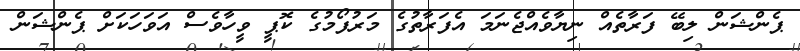
ޕެންޝަން ލިބޭ ފަރާތެއް ނިޔާވެއްޖެނަމަ އެފަރާތުގެ މަރުފޯމުގެ ކޮޕީ ވީހާވެސް އަވަހަކަށް ޕެންޝަން